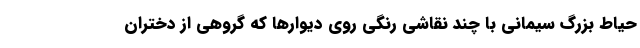
حیاط بزرگ سیمانی با چند نقاشی رنگی روی دیوارها که گروهی از دختران